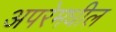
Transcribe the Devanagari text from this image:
अपरेमधील